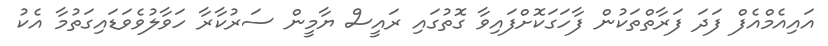
އައިއެމްއެފް ފަދަ ފަރާތްތަކުން ފާހަގަކޮށްފައިވާ ގޮތުގައި ރައީސް ޔާމީން ސަރުކާރާ ހަވާލުވެވަޑައިގަތުމާ އެކު